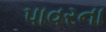
પાવરના